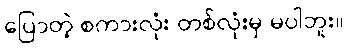
ပြောတဲ့ စကားလုံး တစ်လုံးမှ မပါဘူး။